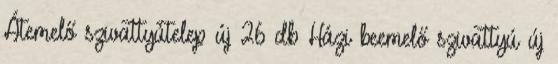
Átemelő szivattyútelep új 26 db Házi beemelő szivattyú új